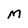
Character: m